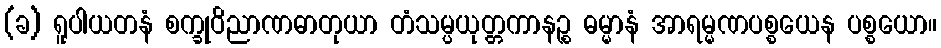
(ခ) ရူပါယတနံ စက္ခုဝိညာဏဓာတုယာ တံသမ္ပယုတ္တကာနဉ္စ ဓမ္မာနံ အာရမ္မဏပစ္စယေန ပစ္စယော။